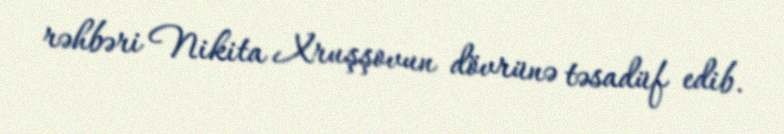
rəhbəri Nikita Xruşşovun dövrünə təsadüf edib.